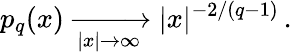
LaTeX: p_{q}(x)\xrightarrow[{|x|\to\infty}]{}|x|^{-2/(q-1)}\, .